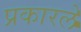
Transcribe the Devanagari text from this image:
प्रकारले